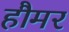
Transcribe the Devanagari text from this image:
हौमर